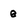
Character: e